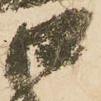
口